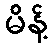
မိန့်